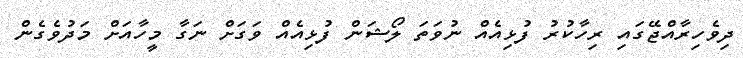
ދިވެހިރާއްޖޭގައި ރިހާކުރު ފުޅިއެއް ނުވަތަ ލޯޝަން ފުޅިއެއް ވަގަށް ނަގާ މީހާއަށް މަދުވެގެން